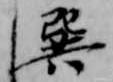
巽